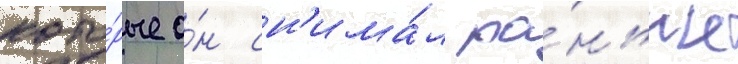
кото́рые о́н сн'има́л ра́ньше